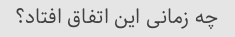
چه زمانی این اتفاق افتاد؟